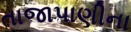
તાજાપાણીના